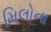
મિલોના